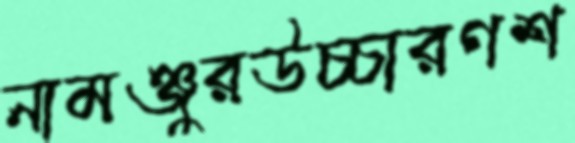
নামঞ্জুরউচ্চারণশ